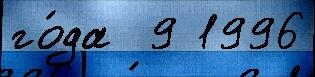
го́да  9 1996